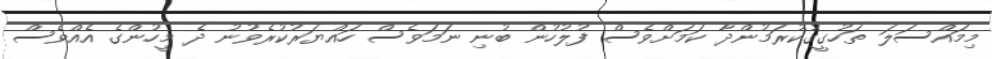
މިމައްސަލަ ތަހުގީގުކުރަމުންދާ ކަމަށްވެސް ފުލުހުން ބުނި ނަމަވެސް ހައްޔަރުކުރެވުނު ދެ މީހުންގެ އެއްވެސް